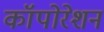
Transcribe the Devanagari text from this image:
कॉपोरेशन